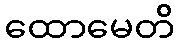
ထောမေတိ